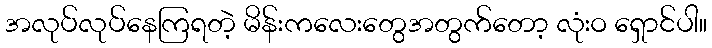
အလုပ်လုပ်နေကြရတဲ့ မိန်းကလေးတွေအတွက်တော့ လုံးဝ ရှောင်ပါ။